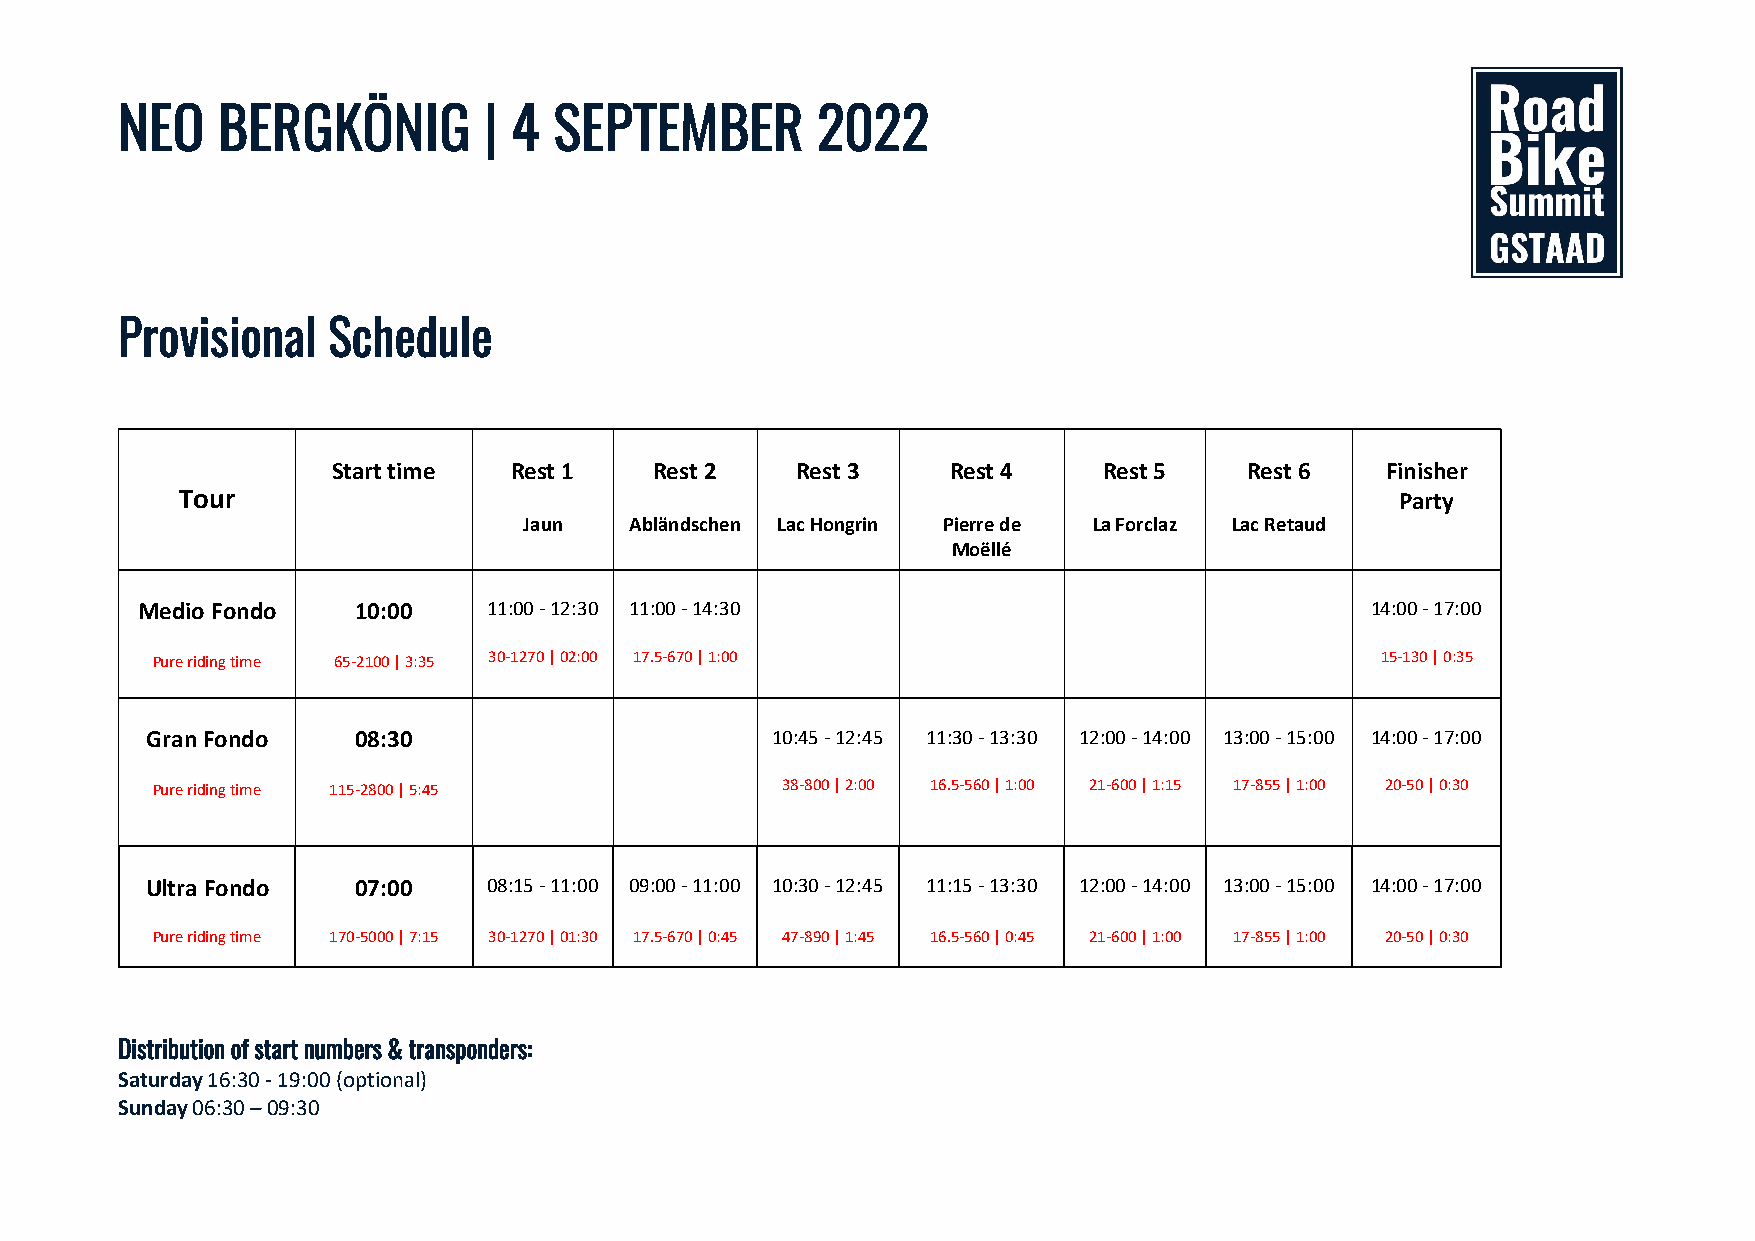
NEO   BERGKÖNIG         | 4  SEPTEMBER        2022
 Provisional   Schedule
 Start time  Rest 1   Rest 2    Rest 3    Rest 4    Rest 5    Rest 6   Finisher
 Tour                                                                             Party
 Jaun   Abländschen Lac Hongrin Pierre de La Forclaz Lac Retaud
 Moëllé
 Medio Fondo    10:00   11:00 - 12:30 11:00 - 14:30                                14:00 - 17:00
 Pure riding time 65-2100 | 3:35 30-1270 | 02:00 17.5-670 | 1:00                  15-130 | 0:35
 Gran Fondo    08:30                      10:45 - 12:45 11:30 - 13:30 12:00 - 14:00 13:00 - 15:00 14:00 - 17:00
 Diverses
 Pure riding time 115-2800 | 5:45          38-800 | 2:00 16.5-560 | 1:00 21-600 | 1:15 17-855 | 1:00 20-50 | 0:30
 Ultra Fondo   07:00   08:15 - 11:00 09:00 - 11:00 10:30 - 12:45 11:15 - 13:30 12:00 - 14:00 13:00 - 15:00 14:00 - 17:00
 Pure riding time 170-5000 | 7:15 30-1270 | 01:30 17.5-670 | 0:45 47-890 | 1:45 16.5-560 | 0:45 21-600 | 1:00 17-855 | 1:00 20-50 | 0:30
 Distribution of start numbers & transponders:
 Saturday 16:30 - 19:00 (optional)
 Sunday 06:30 – 09:30